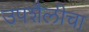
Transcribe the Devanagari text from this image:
उपशैलीचा